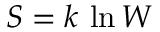
S = k \, \ln W